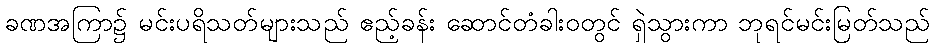
ခဏအကြာ၌ မင်းပရိသတ်များသည် ဧည့်ခန်း ဆောင်တံခါးဝတွင် ရှဲသွားကာ ဘုရင်မင်းမြတ်သည်